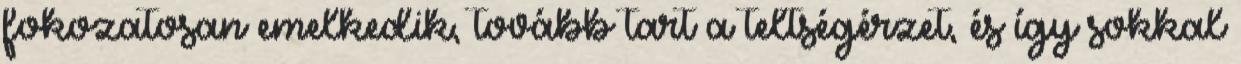
fokozatosan emelkedik, tovább tart a teltségérzet, és így sokkal